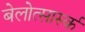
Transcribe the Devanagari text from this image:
बेलोत्सार्स्क